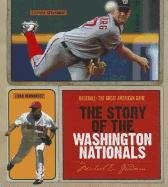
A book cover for The Story of the Washington Nationals (Baseball: the Great American Game); Michael E. Goodman; Teen & Young Adult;